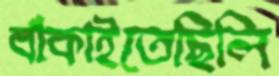
বাঁকাইতেছিলি